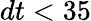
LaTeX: dt<35